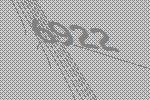
6922